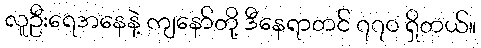
လူဦးရေအနေနဲ့ ကျနော်တို့ ဒီနေရာတင် ၇၇၀ ရှိတယ်။